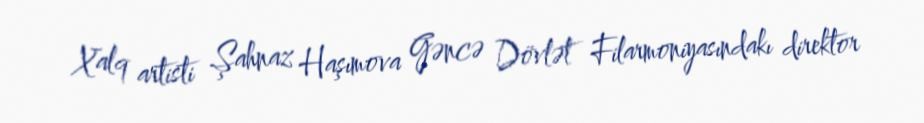
Xalq artisti Şahnaz Haşımova Gəncə Dövlət Filarmoniyasındakı direktor